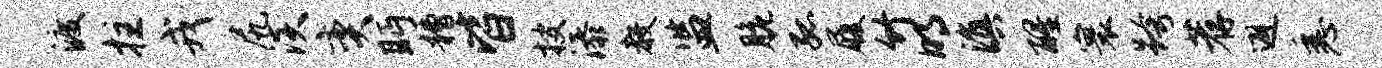
渡拄戎尻淡奕眄糟皆搜添教监脆孤履竹明滇醒寰跨荐避悉